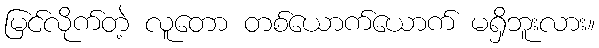
မြင်လိုက်တဲ့ လူတော တစ်ယောက်ယောက် မရှိဘူးလား။